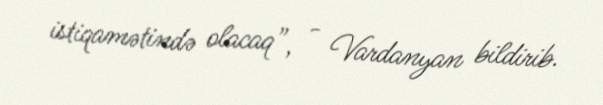
istiqamətində olacaq”, - Vardanyan bildirib.